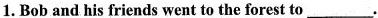
1.Bob and his friends went to the forest to___.